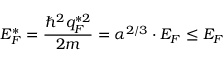
E _ { F } ^ { * } = \frac { \hbar ^ { 2 } q _ { F } ^ { * 2 } } { 2 m } = \alpha ^ { 2 / 3 } \cdot E _ { F } \le E _ { F }